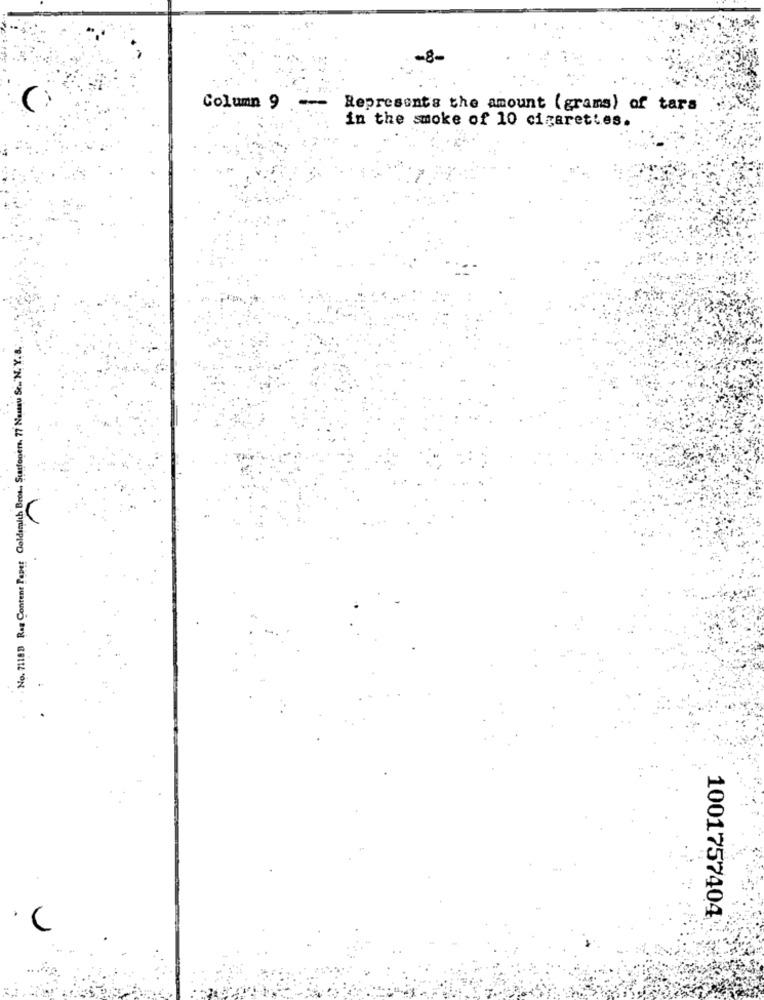
-8-
(
Column 9 . --
Represents the amount (grams) of tars
in the smoke of 10 cigarettes.
No. 7118D Ras Content Paper Goldsmith Bros ., Scarfopens. 77 Namau Se. N. Y. 8.
1001757404